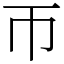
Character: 帀